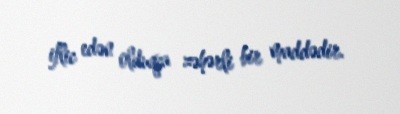
iflic edən olduqca zəhərli bir maddədir.